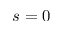
s = 0